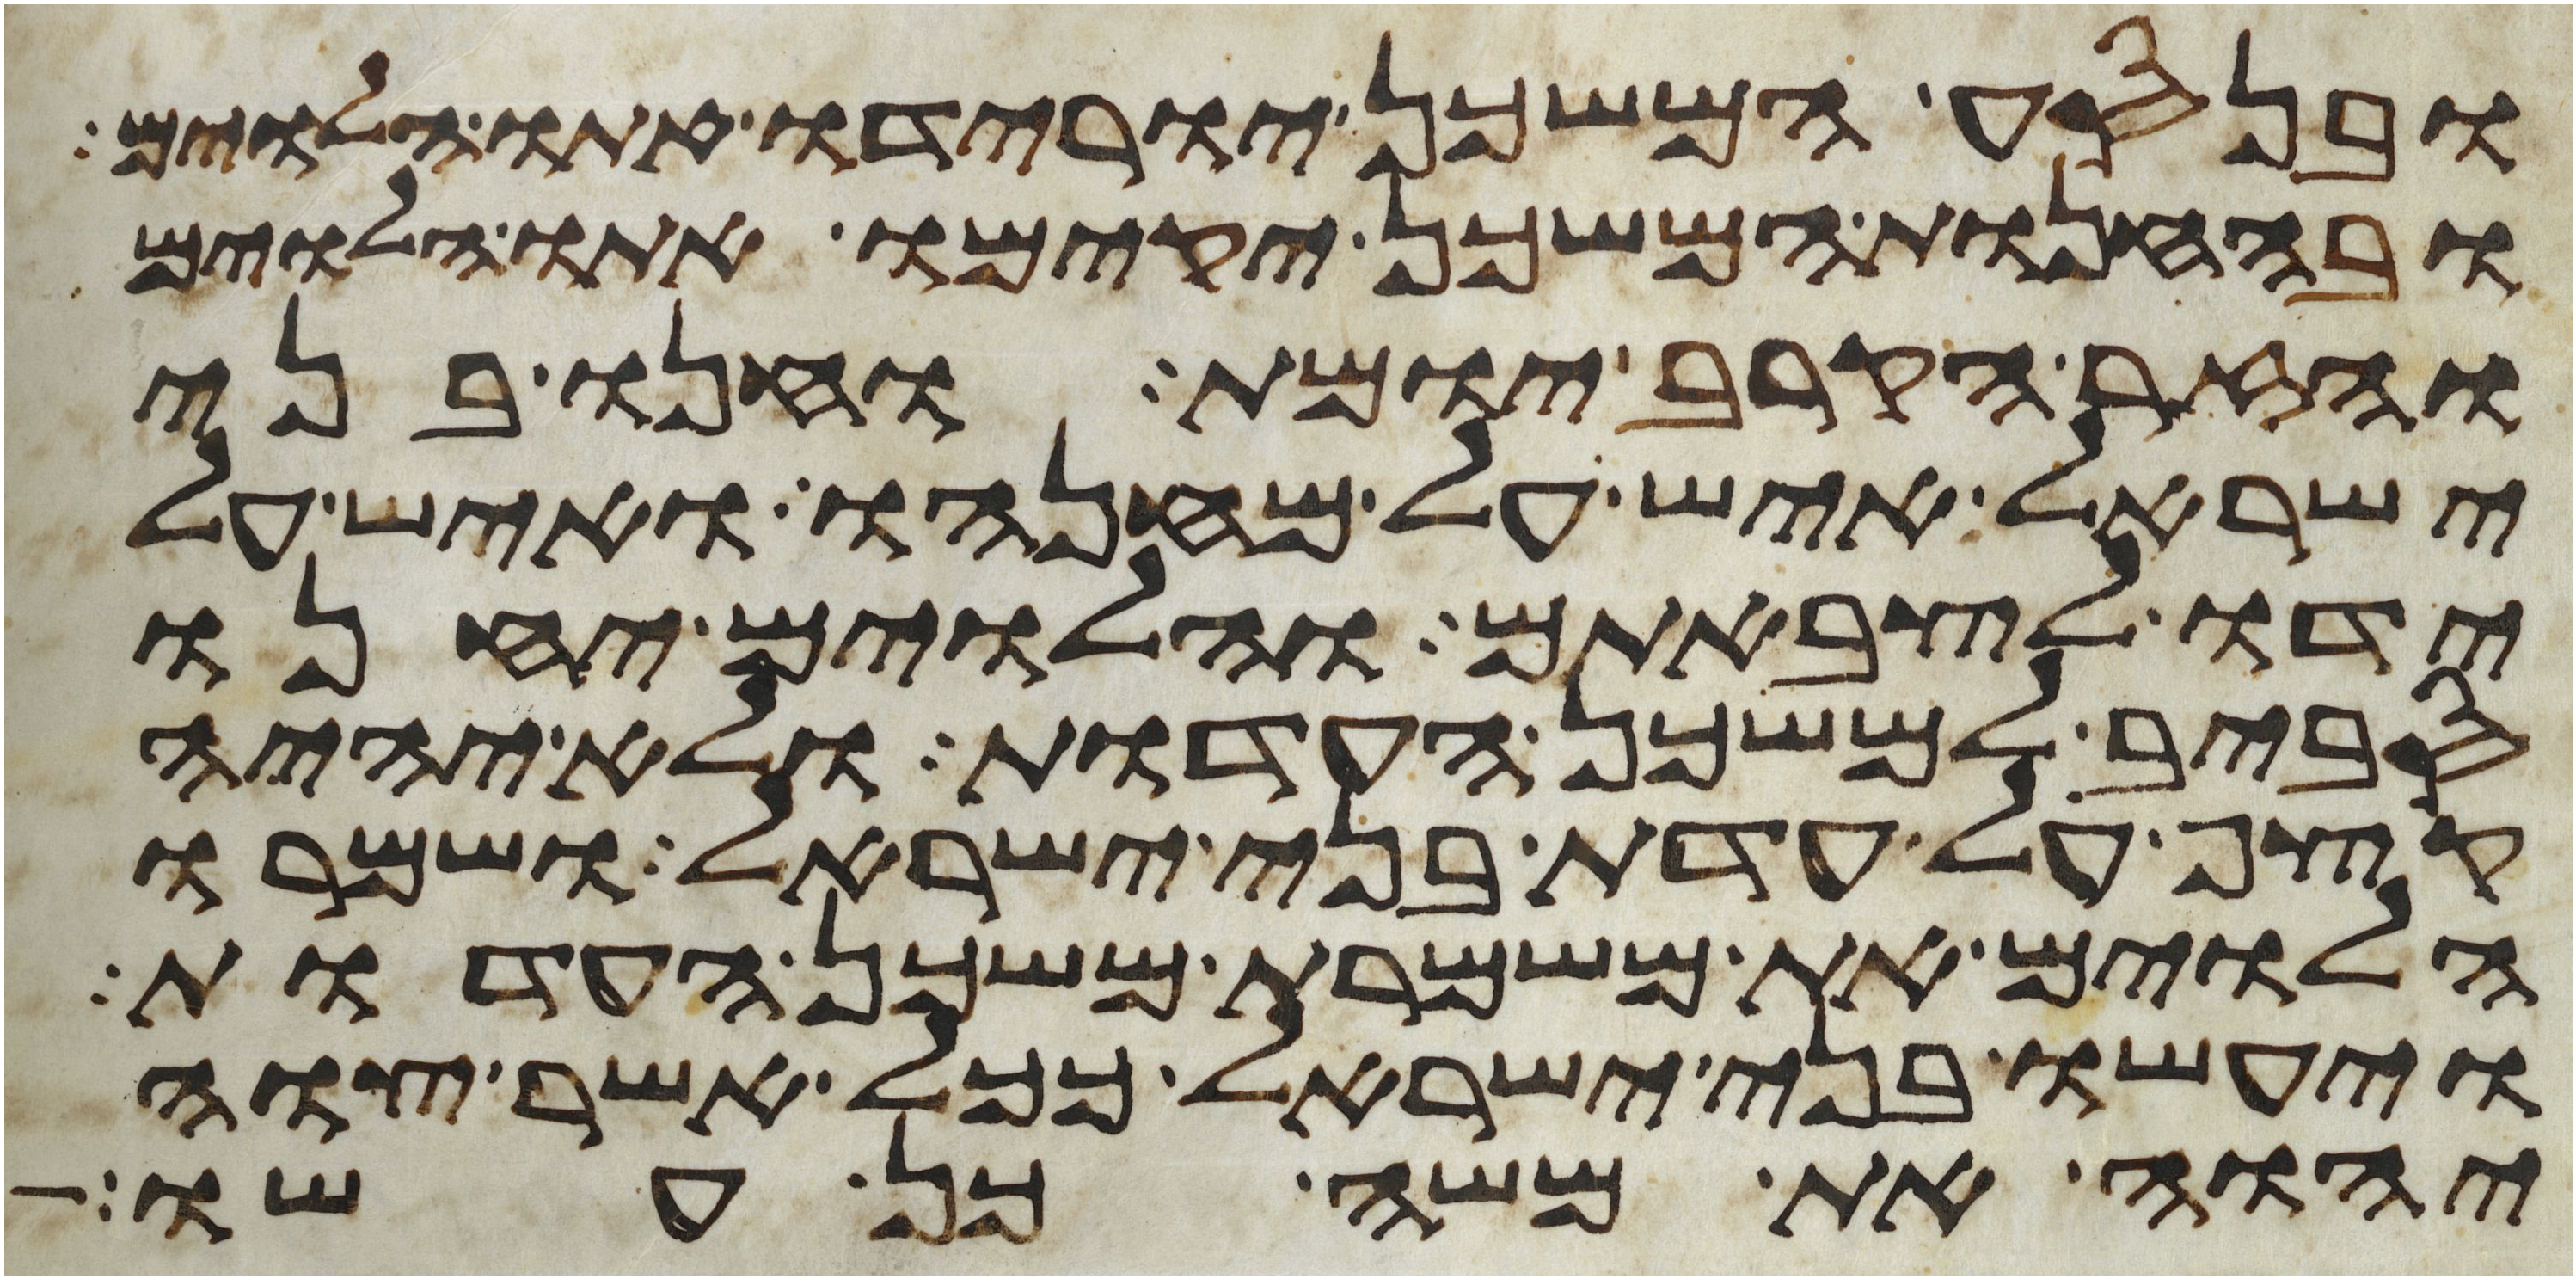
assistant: ובנסע המשכן יורידו אתו הלוים
ובהחנות המשכן יקימו אתו הלוים
והזר הקרב יומת וחנו בני
ישראל איש על מחנהו ואיש על
ידו לצבאתם והלוים יחנו
סביב למשכן העדות ולא יהיה
קצף על עדת בני ישראל ושמרו
הלוים את משמרת משכן העדות
ויעשו בני ישראל ככל אשר צוה
יהוה את משה כן עשו